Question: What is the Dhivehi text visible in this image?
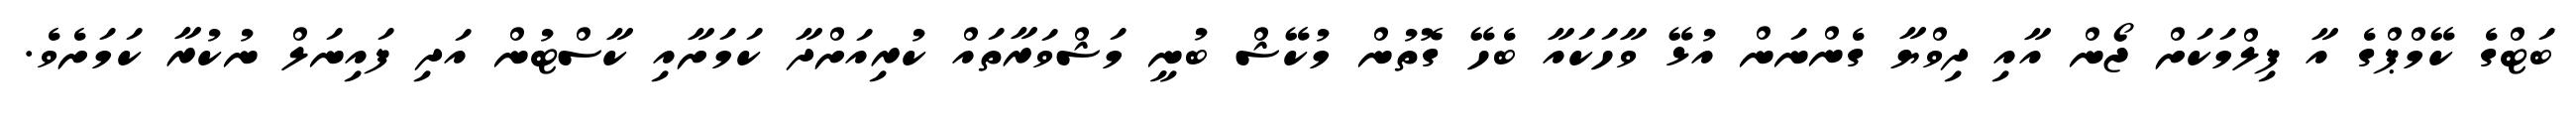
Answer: ބަޓްގެ ކޭމްޕްގެ އާ ފިލްމަކަށް ޖޯން އާއި ދިވްޔާ ގެންނަން އުޅޭ ވާހަކައާ ބެހޭ ގޮތުން މުކޭޝް ބުނީ މަޝްވަރާތައް ކުރިއަށްދާ ކަމަށާއި ކާސްޓުން އަދި ފައިނަލް ނުކުރާ ކަމަށެވެ.